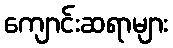
ကျောင်းဆရာများ